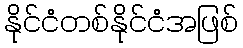
နိုင်ငံတစ်နိုင်ငံအဖြစ်